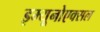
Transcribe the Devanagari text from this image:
इम्यूनोएक्सल